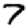
Digit: 7